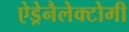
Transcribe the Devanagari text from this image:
ऐड्रेनैलेक्टोमी